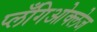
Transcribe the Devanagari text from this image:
प्लँगिओक्लेज